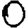
Digit: 0